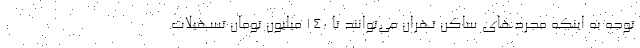
توجه به اینکه مجردهای ساکن تهران می‌توانند تا ۱۴۰ میلیون تومان تسهیلات